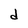
Character: d